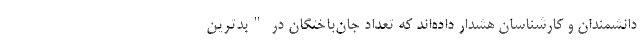
دانشمندان و کارشناسان هشدار داده‌اند که تعداد جان‌باختگان در "بدترین